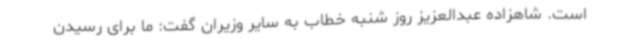
است. شاهزاده عبدالعزیز روز شنبه خطاب به سایر وزیران گفت: ما برای رسیدن